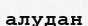
алудан